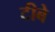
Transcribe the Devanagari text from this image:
टीबे